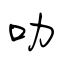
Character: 叻